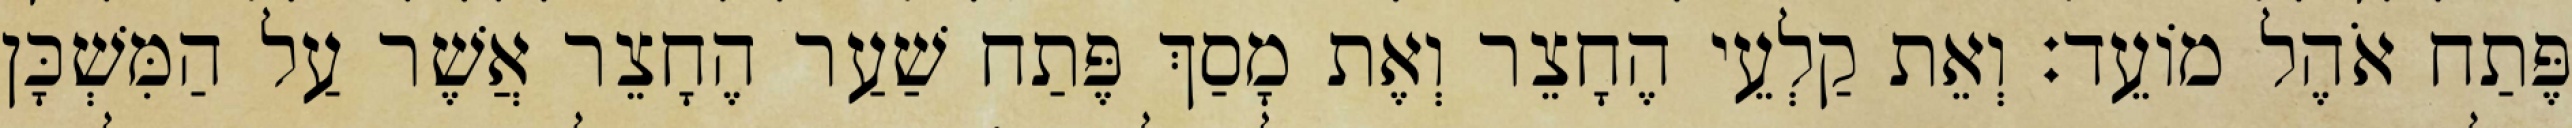
פֶּתַח אֹהֶל מוֹעֵד׃ וְאֵת קַלְעֵי הֶחָצֵר וְאֶת מָסַךְ פֶּתַח שַׁעַר הֶחָצֵר אֲשֶׁר עַל הַמִּשְׁכָּן